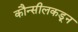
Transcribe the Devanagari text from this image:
कौन्सीलकडून